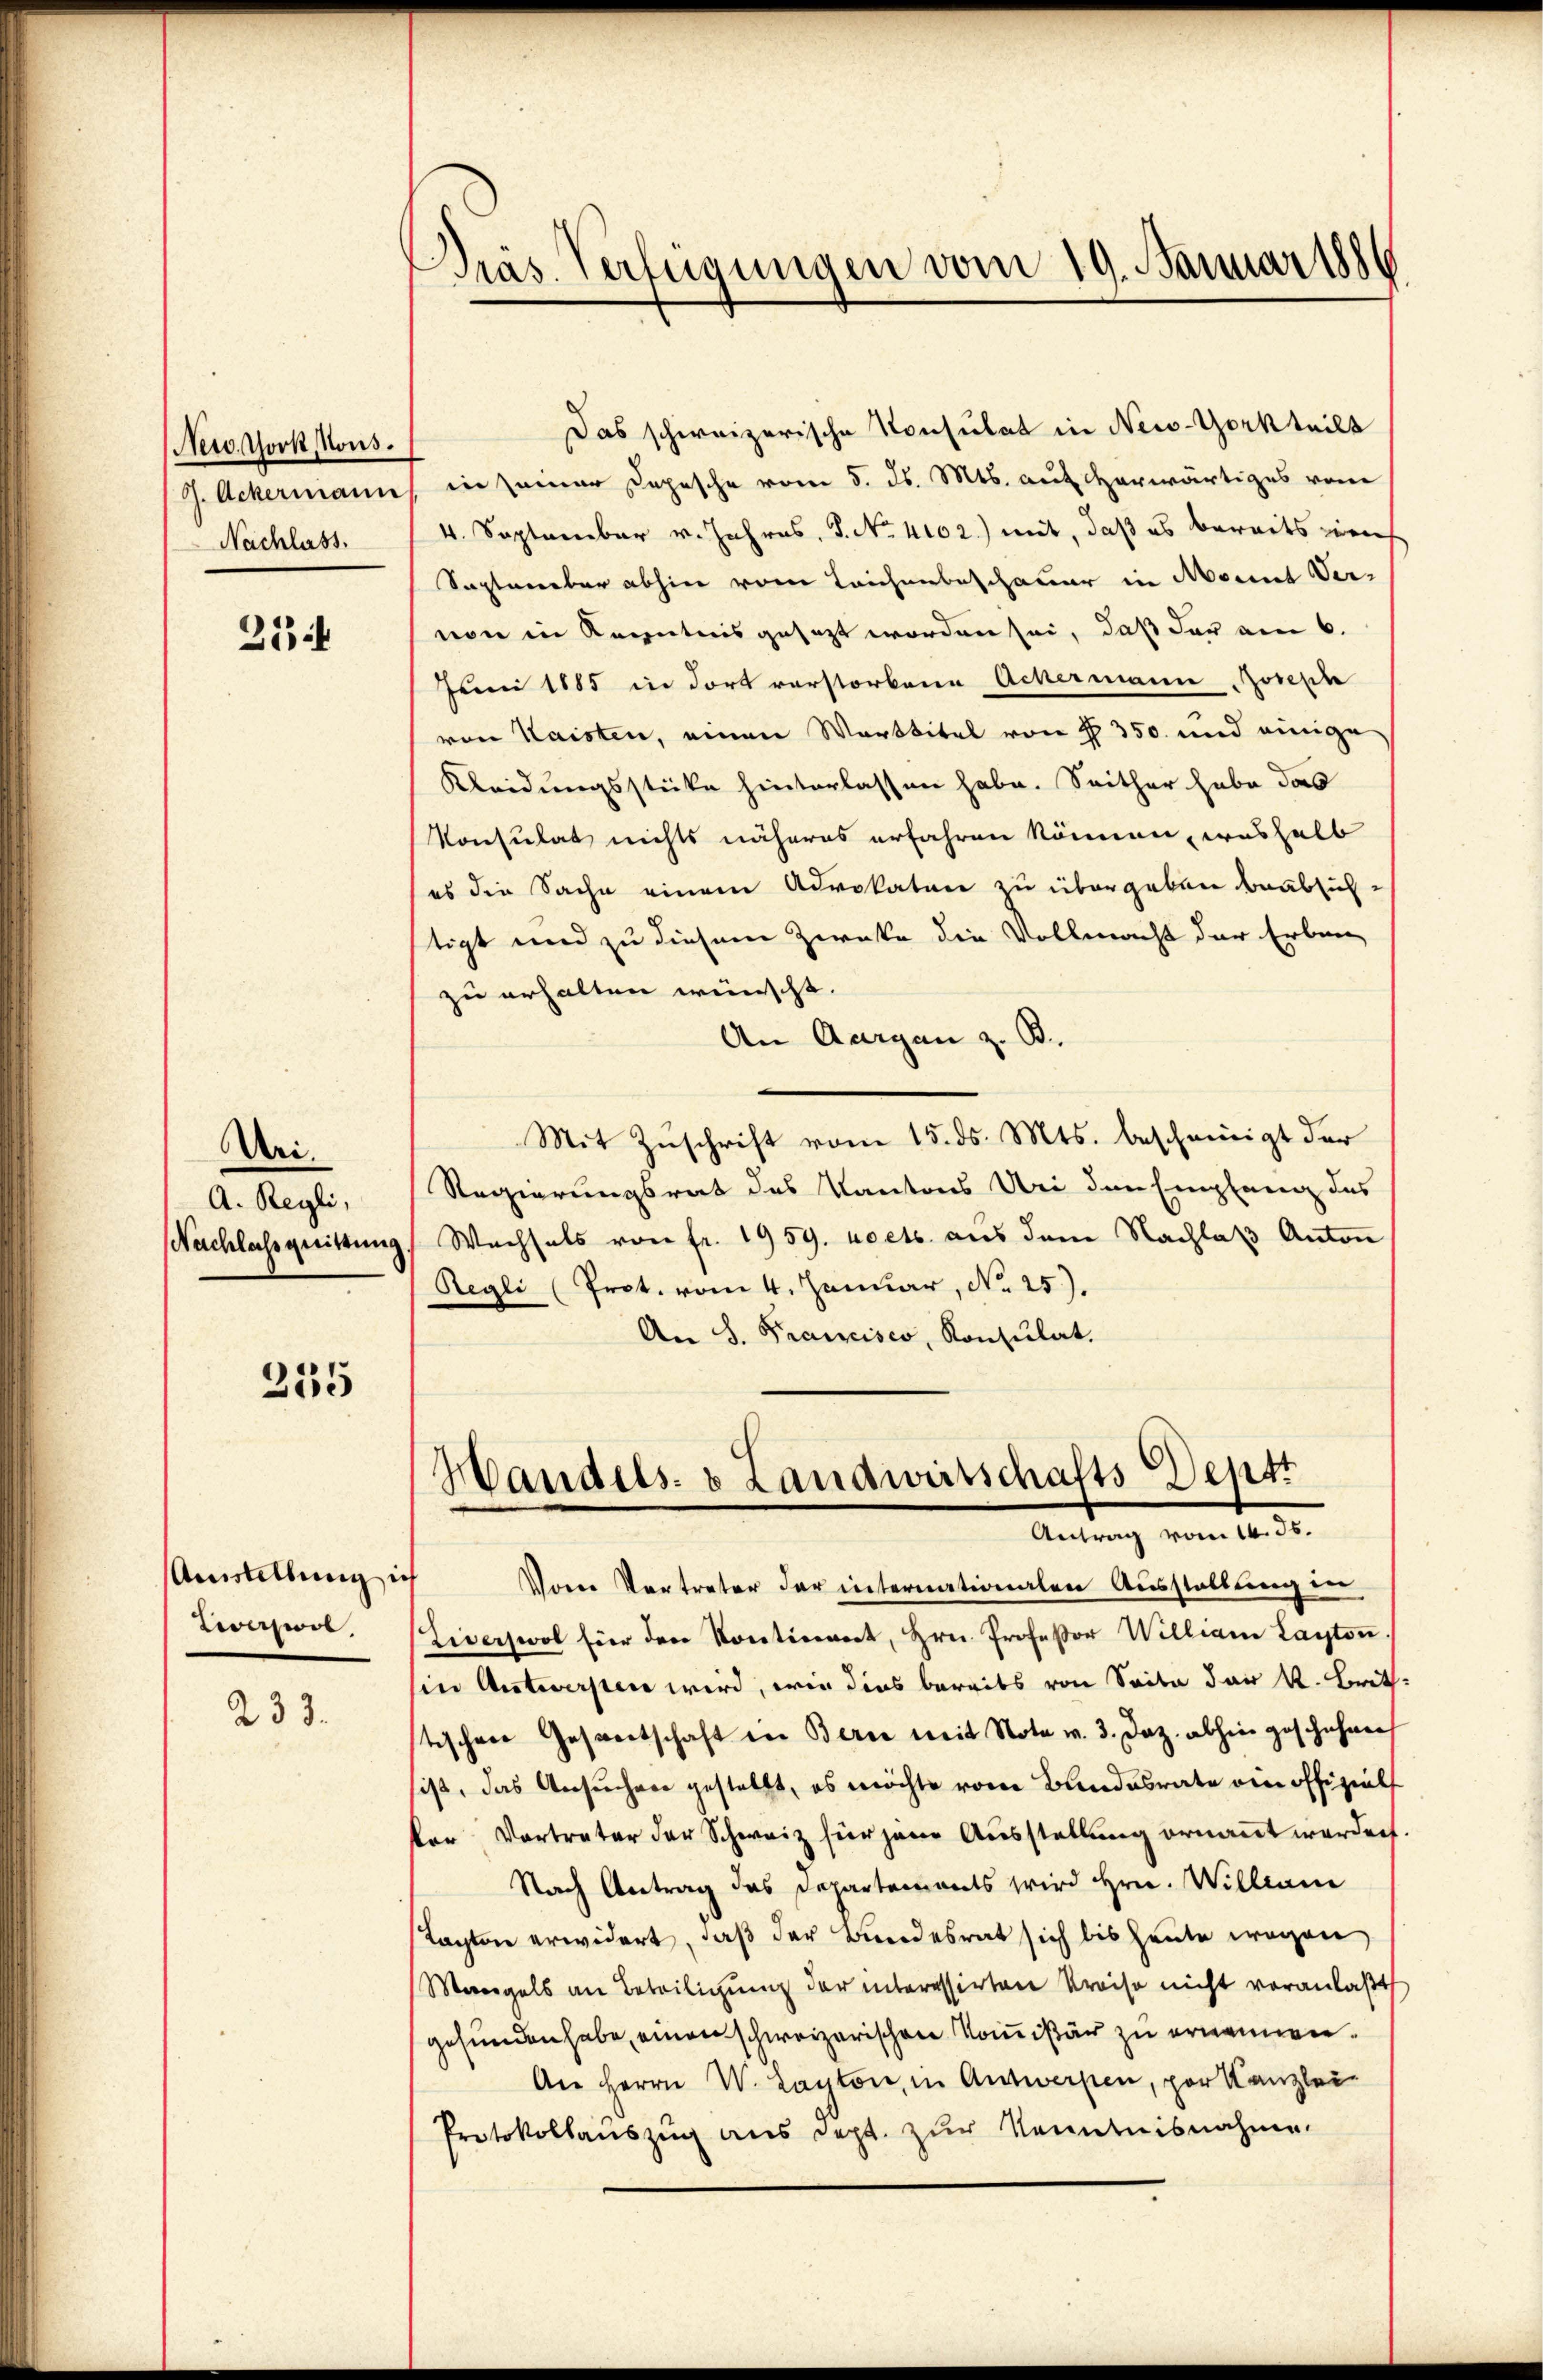
New York Nous.
G. Ackermann
Nachlass.

27

Uri.
A. Regli,
Nachlassquittung

235

Amstellung ich
Liverswol

233.

d
Präs. Verfügungen vom 19. Januar 188

Das schweizerische Konsulat in Neis-Gerkteils
in seiner Depesche vom 5. ds. Mts. auf herwärtiges vom
4. September v. Jahres, S. No. 4102) mit, daß es bereits weis
September abhin vom Leichenbeschauer in Monat Ver-
von in Kenntnis gesezt worden sei, daß der am 6.
Juni 1885 in dort verstorbene Achermann Joseph
von Kaisten, einen Warttitel von § 350. und einige
Kleidungsstücke hinterlassen habe. Seither habe das
Konsulat nichts näheres erfahren können, weshalb
es die Sache einem Advokaten zu übergeben beabsichstigt und zu diesem Zwecke die Vollmacht der Erben
zu erhalten wünscht.
An Aargau z. B.
Mit Zuschrift vom 15. ds. Mts. bescheinigt der
Regierungsrat des Kantons Uri den Empfang des
Wachsels von fr. 1959 noets. aus den Nachlaß Anton
Regli (Prot. vom 4. Januar, No 25).
An S. Francisco, Konsulat.
Handels- & Landwirtschafts Deptt
Antrag vom 14. ds.
Vom Vertreter der internationalen Ausstellung in
Ziverswol für den Kontinent, Hrn. Professor William Layton.
in Antwersten wird, wie dies bereits von Seite der k. Brit.
tischen Gesportschaft der Berne weit Note v. 3. Daz. abhin geschehen
ist, das Ansuchen gestellt, es möchte von Bundesrate von offiziel
ker Vortreter der Schweiz für jene Ausstellung ernannt werden.
Nach Antrag das Departements wird Hrn. Willian
Tagten erwidert, daß der Bundesrat sich bis heute wegen
Mangels an Beteiligung der interessirten Kreise nicht veranlaßt
gefunden habe, einen schweizerischen Kommissär zu ernennen.
An Herrn W. Kapton, in Antwerpen, par Kanzlei-
Protokollauszug aus dept. zur Kenntnisnahme.